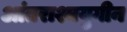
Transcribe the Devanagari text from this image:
आंतराश्मयुगीन